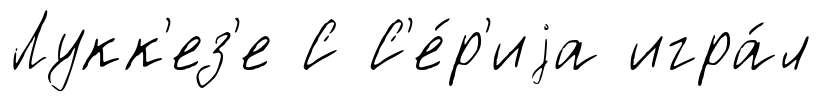
Лукк'ез'е С С'е́р'иjа игра́л